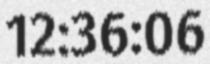
12:36:06